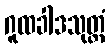
ဂူထခါဒသုတ္တံ